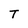
Character: T